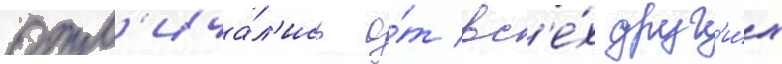
отл'ича́л'ись о́т вс'е́х друг'и́х